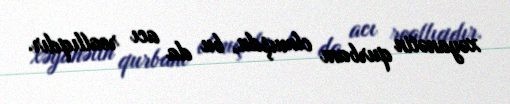
xəyanətin qurbanı olmuşdu, bu da acı reallıqdır.